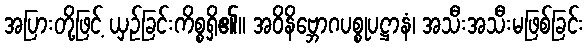
အပြားတို့ဖြင့် ယှဉ်ခြင်းကိစ္စရှိ၏။ အဝိနိဗ္ဘောဂပစ္စုပဋ္ဌာနံ၊ အသီးအသီးမဖြစ်ခြင်း